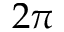
2 \pi